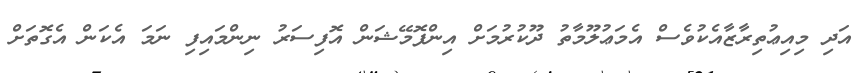
އަދި މިއިޢުތިރާޒާއެކުވެސް އެމަޢުލޫމާތު ދޫކުރުމަށް އިންފޮމޭޝަން އޮފިސަރު ނިންމައިފި ނަމަ އެކަން އެގޮތަށް